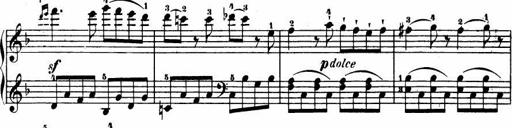
Title: Le bouquetier
Composer: Anton Diabelli
Key: G major
 C major
 F major
 C major